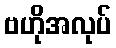
ဗဟိုအလုပ်